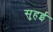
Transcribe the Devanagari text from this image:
सुहई